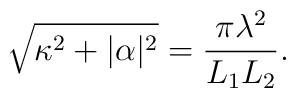
\sqrt{\kappa^2+|\alpha|^2}=\frac{\pi \lambda^2}{L_1 L_2}.